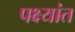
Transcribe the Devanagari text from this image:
पक्ष्यांत